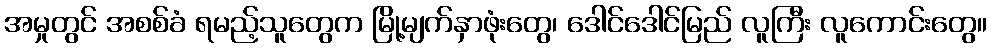
အမှုတွင် အစစ်ခံ ရမည့်သူတွေက မြို့မျက်နှာဖုံးတွေ၊ ဒေါင်ဒေါင်မြည် လူကြီး လူကောင်းတွေ။